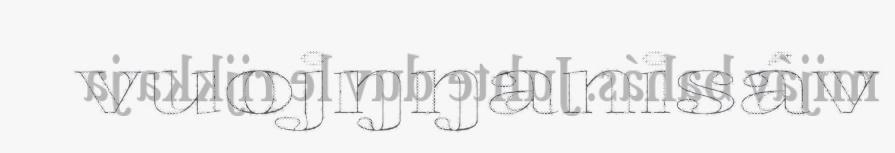
vuojŋŋanisáv